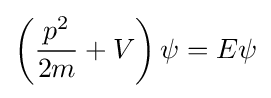
\left({\frac {p^{2}}{2m}}+V\right)\psi =E\psi